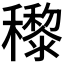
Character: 𥣵